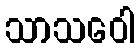
သာသဝေါ